Plague in India, 1896, 1897 - Volume 3
Year: 1896
Disease focus: Plague
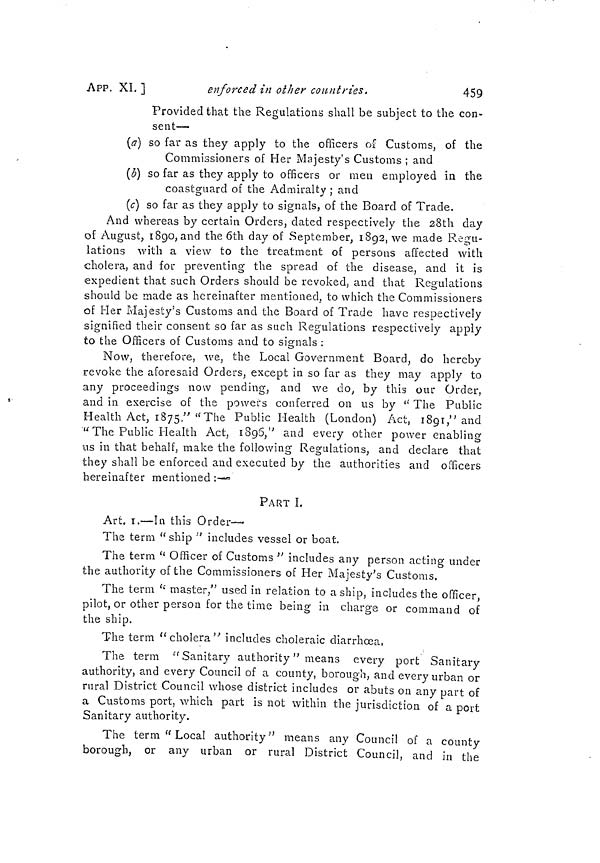
459
APP. XI. ]
enforced in other countries.
Provided that the Regulations shall be subject to the con-
sent—
(a) so far as they apply to the officers of Customs, of the
Commissioners of Her Majesty's Customs ; and
(b) so far as they apply to officers or men employed in the
coastguard of the Admiralty ; and
(c) so far as they apply to signals, of the Board of Trade.
And whereas by certain Orders, dated respectively the 28th day
of August, 1890, and the 6th day of September, 1892, we made Regu-
lations with a view to the treatment of persons affected with
cholera, and for preventing the spread of the disease, and it is
expedient that such Orders should be revoked, and that Regulations
should be made as hereinafter mentioned, to which the Commissioners
of Her Majesty's Customs and the Board of Trade have respectively
signified their consent so far as such Regulations respectively apply
to the Officers of Customs and to signals :
No\v, therefore, we, the Local Government Board, do hereby
revoke the aforesaid Orders, except in so far as they may apply to
any proceedings now pending, and we do, by this our Order,
and in exercise of the powers conferred on us by " The Public
Health Act, 1875," "The Public Health (London) Act, 1891," and
" The Public Health Act, 1895," and every other power enabling
us in that behalf, make the following Regulations, and declare that
they shall be enforced and executed by the authorities and officers
hereinafter mentioned :—
PART I.
Art. 1.—In this Order-
Tile term " ship " includes vessel or boat.
The term " Officer of Customs " includes any person acting under
the authority of the Commissioners of Her Majesty's Customs.
The term " master," used in relation to a ship, includes the officer,
pilot, or other person for the time being in charge or command of
the ship.
The term " cholera''' includes choleraic diarrhoea,
The term "Sanitary authority " means every port Sanitary
authority, and every Council of a county, borough, and every urban or
rural District Council whose district includes or abuts on any part of
a Customs port, which part is not within the jurisdiction of a port
Sanitary authority.
The term " Local authority" means any Council of a county
borough, or any urban or rural District Council, and in the